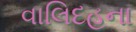
વાલિદહના